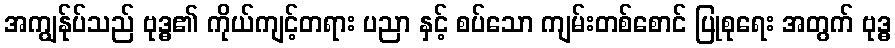
အကျွန်ုပ်သည် ဗုဒ္ဓ၏ ကိုယ်ကျင့်တရား ပညာ နှင့် စပ်သော ကျမ်းတစ်စောင် ပြုစုရေး အတွက် ဗုဒ္ဓ